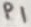
Text: P1